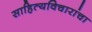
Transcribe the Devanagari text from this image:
साहित्यविचारांचा